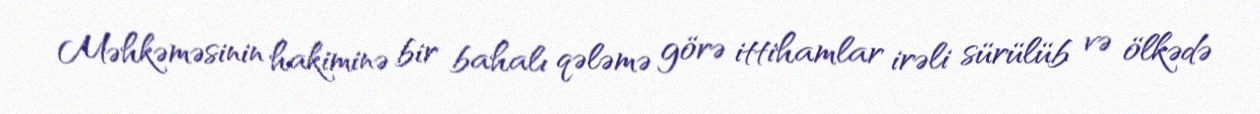
Məhkəməsinin hakiminə bir bahalı qələmə görə ittihamlar irəli sürülüb və ölkədə